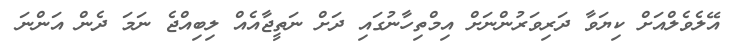
އޭލެވެލްއަށް ކިޔަވާ ދަރިވަރުންނަށް އިމްތިހާނުގައި ދަށް ނަތީޖާއެއް ލިބިއްޖެ ނަމަ ދެން އަންނަ